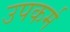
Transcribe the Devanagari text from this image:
उपकर्म